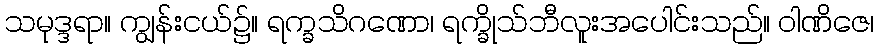
သမုဒ္ဒရာ။ ကျွန်းငယ်၌။ ရက္ခသိဂဏော၊ ရက္ခိုသ်ဘီလူးအပေါင်းသည်။ ဝါဏိဇေ၊